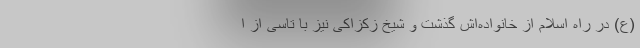
(ع) در راه اسلام از خانواده‌اش گذشت و شیخ زکزاکی نیز با تاسی از ا